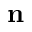
\mathbf { n }